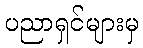
ပညာရှင်များမှ